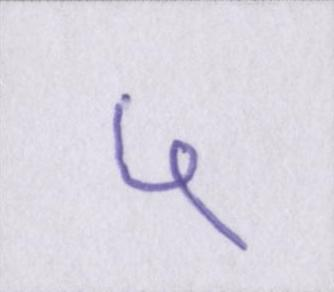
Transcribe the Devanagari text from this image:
५